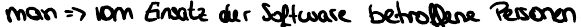
man => vom Einsatz der Software betroffene Person